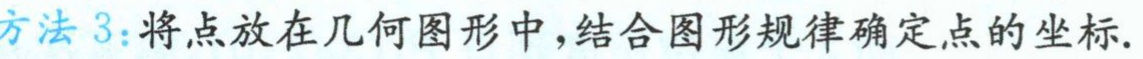
方法3：将点放在几何图形中，结合图形规律确定点的坐标.